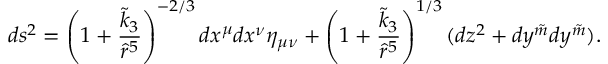
d s ^ { 2 } = \left( 1 + \frac { \tilde { k } _ { 3 } } { \hat { r } ^ { 5 } } \right) ^ { - 2 / 3 } d x ^ { \mu } d x ^ { \nu } \eta _ { \mu \nu } + \left( 1 + \frac { \tilde { k } _ { 3 } } { \hat { r } ^ { 5 } } \right) ^ { 1 / 3 } ( d z ^ { 2 } + d y ^ { \tilde { m } } d y ^ { \tilde { m } } ) .